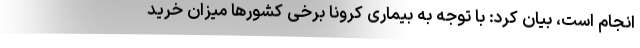
انجام است، بیان کرد: با توجه به بیماری کرونا برخی کشور‌ها میزان خرید